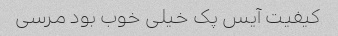
کیفیت آیس پک خیلی خوب بود مرسی